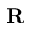
\mathbf { R }